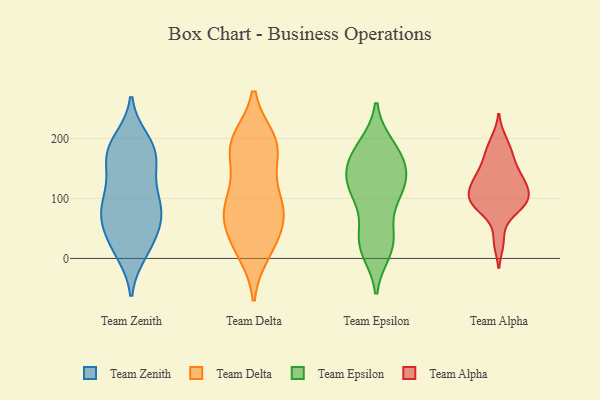
{"axis": {"x": "Population (Million)", "y": "Value"}, "legend": ["Team Alpha", "Team Delta", "Team Epsilon", "Team Zenith"], "data": [{"x": "", "y": 91, "type": "Team Zenith"}, {"x": "", "y": 131, "type": "Team Zenith"}, {"x": "", "y": 193, "type": "Team Zenith"}, {"x": "", "y": 33, "type": "Team Zenith"}, {"x": "", "y": 167, "type": "Team Zenith"}, {"x": "", "y": 196, "type": "Team Zenith"}, {"x": "", "y": 174, "type": "Team Zenith"}, {"x": "", "y": 75, "type": "Team Zenith"}, {"x": "", "y": 175, "type": "Team Zenith"}, {"x": "", "y": 59, "type": "Team Zenith"}, {"x": "", "y": 103, "type": "Team Zenith"}, {"x": "", "y": 177, "type": "Team Zenith"}, {"x": "", "y": 26, "type": "Team Zenith"}, {"x": "", "y": 96, "type": "Team Zenith"}, {"x": "", "y": 10, "type": "Team Zenith"}, {"x": "", "y": 150, "type": "Team Zenith"}, {"x": "", "y": 59, "type": "Team Zenith"}, {"x": "", "y": 69, "type": "Team Zenith"}, {"x": "", "y": 87, "type": "Team Zenith"}, {"x": "", "y": 13, "type": "Team Zenith"}, {"x": "", "y": 188, "type": "Team Delta"}, {"x": "", "y": 92, "type": "Team Delta"}, {"x": "", "y": 145, "type": "Team Delta"}, {"x": "", "y": 69, "type": "Team Delta"}, {"x": "", "y": 38, "type": "Team Delta"}, {"x": "", "y": 198, "type": "Team Delta"}, {"x": "", "y": 28, "type": "Team Delta"}, {"x": "", "y": 77, "type": "Team Delta"}, {"x": "", "y": 96, "type": "Team Delta"}, {"x": "", "y": 13, "type": "Team Delta"}, {"x": "", "y": 10, "type": "Team Delta"}, {"x": "", "y": 197, "type": "Team Delta"}, {"x": "", "y": 170, "type": "Team Delta"}, {"x": "", "y": 72, "type": "Team Delta"}, {"x": "", "y": 105, "type": "Team Delta"}, {"x": "", "y": 70, "type": "Team Delta"}, {"x": "", "y": 189, "type": "Team Delta"}, {"x": "", "y": 192, "type": "Team Delta"}, {"x": "", "y": 42, "type": "Team Epsilon"}, {"x": "", "y": 158, "type": "Team Epsilon"}, {"x": "", "y": 185, "type": "Team Epsilon"}, {"x": "", "y": 120, "type": "Team Epsilon"}, {"x": "", "y": 136, "type": "Team Epsilon"}, {"x": "", "y": 115, "type": "Team Epsilon"}, {"x": "", "y": 25, "type": "Team Epsilon"}, {"x": "", "y": 106, "type": "Team Epsilon"}, {"x": "", "y": 186, "type": "Team Epsilon"}, {"x": "", "y": 153, "type": "Team Epsilon"}, {"x": "", "y": 14, "type": "Team Epsilon"}, {"x": "", "y": 112, "type": "Team Epsilon"}, {"x": "", "y": 26, "type": "Team Epsilon"}, {"x": "", "y": 26, "type": "Team Epsilon"}, {"x": "", "y": 169, "type": "Team Epsilon"}, {"x": "", "y": 166, "type": "Team Epsilon"}, {"x": "", "y": 112, "type": "Team Epsilon"}, {"x": "", "y": 98, "type": "Team Alpha"}, {"x": "", "y": 169, "type": "Team Alpha"}, {"x": "", "y": 198, "type": "Team Alpha"}, {"x": "", "y": 75, "type": "Team Alpha"}, {"x": "", "y": 27, "type": "Team Alpha"}, {"x": "", "y": 138, "type": "Team Alpha"}, {"x": "", "y": 137, "type": "Team Alpha"}, {"x": "", "y": 88, "type": "Team Alpha"}, {"x": "", "y": 102, "type": "Team Alpha"}, {"x": "", "y": 117, "type": "Team Alpha"}, {"x": "", "y": 92, "type": "Team Alpha"}, {"x": "", "y": 133, "type": "Team Alpha"}, {"x": "", "y": 110, "type": "Team Alpha"}, {"x": "", "y": 172, "type": "Team Alpha"}]}